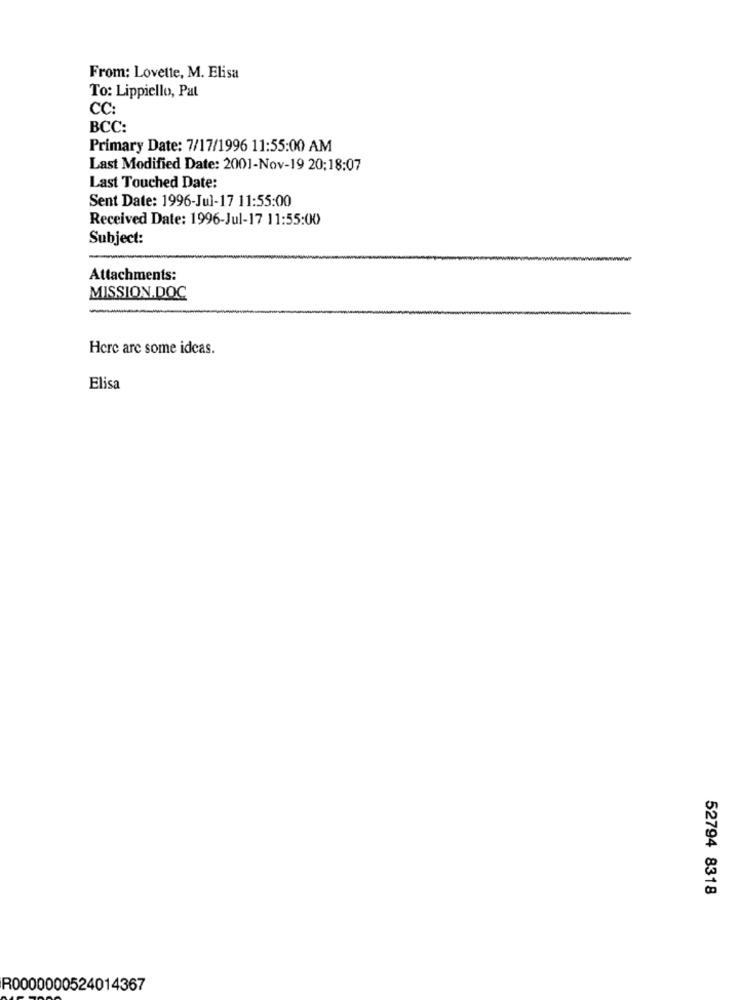
From: Lovette, M. Elisa
To: Lippiello, Pat
CC:
BCC:
Primary Date: 7/17/1996 11:55:00 AM
Last Modified Date: 2001-Nov-19 20:18:07
Last Touched Date:
Sent Date: 1996-Jul-17 11:55:00
Received Date: 1996-Jul-17 11:55:00
Subject:
Attachments:
MISSION.DOC
Here are some ideas.
Elisa
52794 8318
R0000000524014367